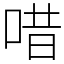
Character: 唶